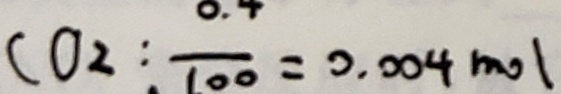
C O _ { 2 } : . \frac { 0 . 4 } { 1 0 0 } = 0 . 0 0 4 m o l